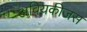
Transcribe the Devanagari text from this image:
अवियकीजस